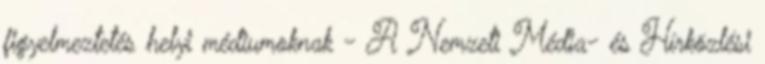
figyelmeztetés helyi médiumoknak - A Nemzeti Média- és Hírközlési